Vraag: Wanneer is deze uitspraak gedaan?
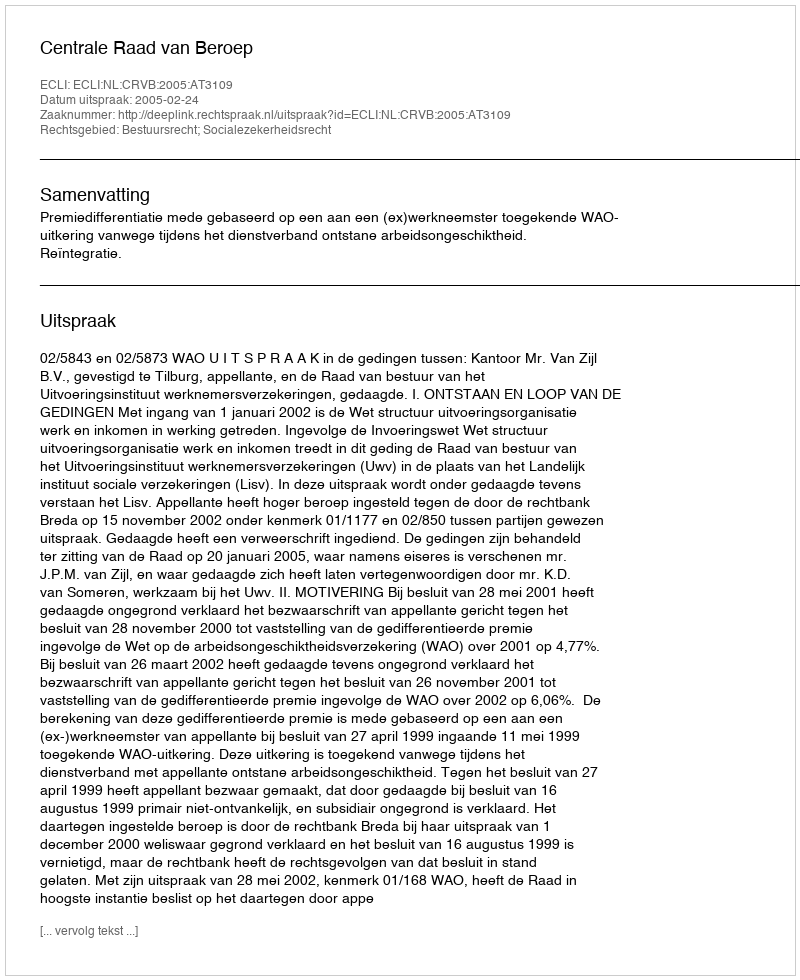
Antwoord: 2005-02-24